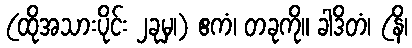
(ထိုအသားပိုင်း ၂ခုမှ၊) ဧကံ၊ တခုကို။ ခါဒိတံ၊ (နိ၊